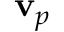
\mathbf { v } _ { p }